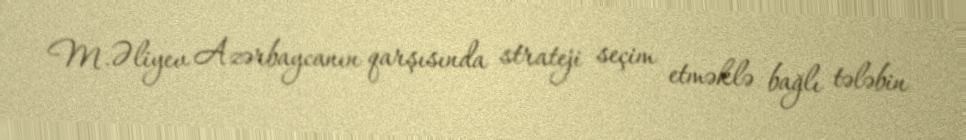
M.Əliyev Azərbaycanın qarşısında strateji seçim etməklə bağlı tələbin